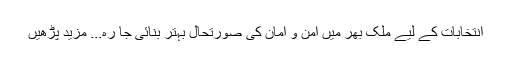
انتخابات کے لیے ملک بھر میں امن و امان کی صورتحال بہتر بنائی جا رہ... مزید پڑھیں